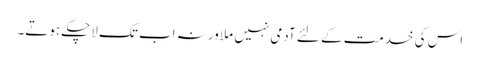
اس کی خدمت کے لئے آدمی نہیں ملا ورنہ اب تک لاچکے ہوتے۔